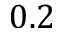
0 . 2